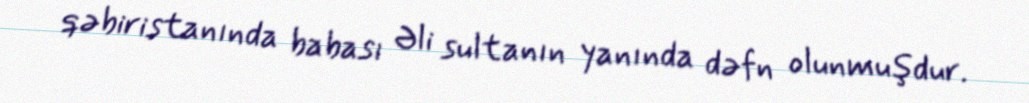
qəbiristanında babası Əli sultanın yanında dəfn olunmuşdur.